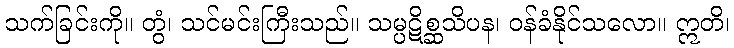
သက်ခြင်းကို။ တွံ၊ သင်မင်းကြီးသည်။ သမ္ပဋိစ္ဆသိပန၊ ဝန်ခံနိုင်သလော။ ဣတိ၊